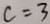
c = 3